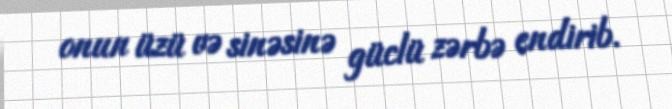
onun üzü və sinəsinə güclü zərbə endirib.